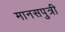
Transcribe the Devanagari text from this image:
मानसपुत्री